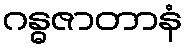
ဂန္ဓဇာတာနံ